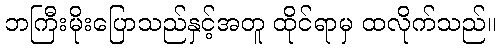
ဘကြီးမိုးပြောသည်နှင့်အတူ ထိုင်ရာမှ ထလိုက်သည်။